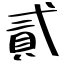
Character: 貳